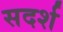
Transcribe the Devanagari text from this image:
सदर्श